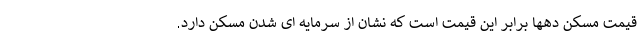
قیمت مسکن دهها برابر این قیمت است که نشان از سرمایه ای شدن مسکن دارد.